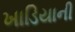
ખાડિયાની